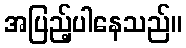
အပြည့်ပါနေသည်။